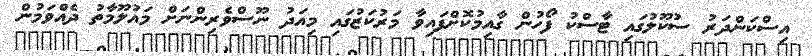
އިސްކަންދަރު ސުކޫލުގައި ޓާސްކު ފޯހުން ގާއިމުކޮށްފައިވާ މަރުކަޒުގައި މިއަދު ނޫސްވެރިންނަށް މައުލޫމާތު ދެއްވަމުން